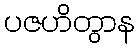
ပဇဟိတွာန